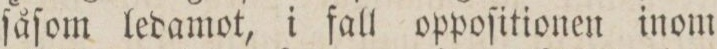
ſåſom ledamot, i fall oppoſitionen inom